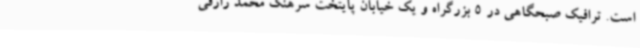
است. ترافیک صبحگاهی در 5 بزرگراه و یک خیابان پایتخت سرهنگ محمد رازقی